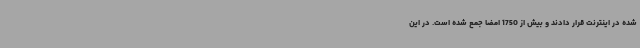
شده در اینترنت قرار دادند و بیش از 1750 امضا جمع شده است. در این